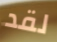
لقد